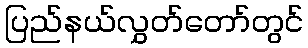
ပြည်နယ်လွှတ်တော်တွင်